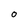
Character: o